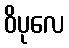
ဝိပုလေ